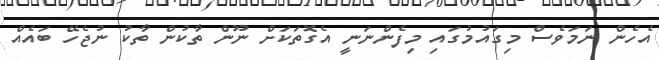
އެހެން ނަމަވެސް މިގައުމުގައި މިފެންނަނީ އެގޮތަކަށް ނޫން ތާކުން ތާކު ނުޖެހޭ ބައެއް